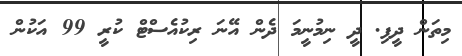
މިތަން ދީފި. ދީ ނިމުނީމަ ދެން އޭނަ ރިކުއެސްޓް ކުރީ 99 އަކުން